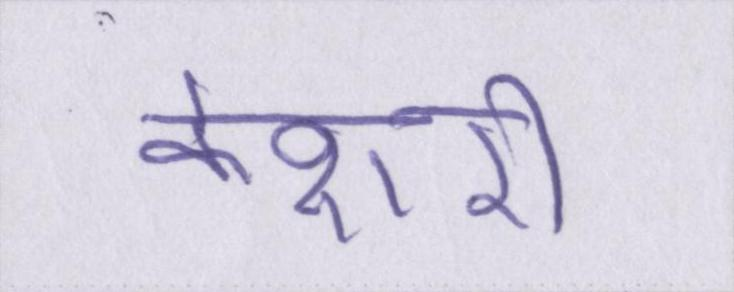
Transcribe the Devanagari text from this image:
केशरी